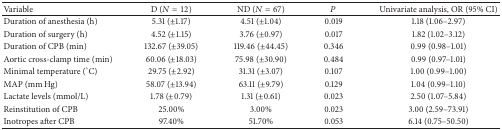
| Variable | D (N = 12) | ND (N = 67) | P | Univariate analysis, OR (95% CI) |
 | --- | --- | --- | --- | --- |
 | Duration of anesthesia (h) | 5.31 (±1.17) | 4.51 (±1.04) | 0.019 | 1.18 (1.06–2.97) |
 | Duration of surgery (h) | 4.52 (±1.15) | 3.76 (±0.97) | 0.017 | 1.82 (1.02–3.12) |
 | Duration of CPB (min) | 132.67 (±39.05) | 119.46 (±44.45) | 0.346 | 0.99 (0.98–1.01) |
 | Aortic cross-clamp time (min) | 60.06 (±18.03) | 75.98 (±30.90) | 0.484 | 0.99 (0.97–1.01) |
 | Minimal temperature (°C) | 29.75 (±2.92) | 31.31 (±3.07) | 0.107 | 1.00 (0.99–1.00) |
 | MAP (mm Hg) | 58.07 (±13.94) | 63.11 (±9.79) | 0.129 | 1.04 (0.99–1.10) |
 | Lactate levels (mmol/L) | 1.78 (±0.79) | 1.31 (±0.61) | 0.023 | 2.50 (1.07–5.84) |
 | Reinstitution of CPB | 25.00% | 3.00% | 0.023 | 3.00 (2.59–73.91) |
 | Inotropes after CPB | 97.40% | 51.70% | 0.053 | 6.14 (0.75–50.50) |